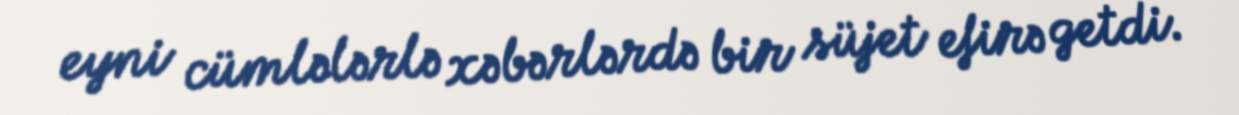
eyni cümlələrlə xəbərlərdə bir süjet efirə getdi.